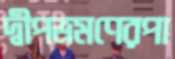
দ্বীপভ্রমণেরপা